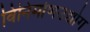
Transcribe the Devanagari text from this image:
विनिर्माणउद्योग